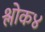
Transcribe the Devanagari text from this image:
श्लोक४